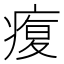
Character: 𤸑